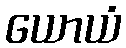
ယောယံ